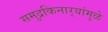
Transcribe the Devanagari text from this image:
समुद्रकिनार्‍यांमुळे